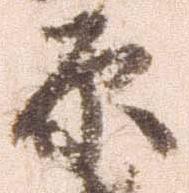
原